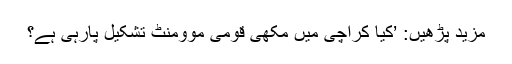
مزید پڑھیں: ’کیا کراچی میں مکھی قومی موومنٹ تشکیل پارہی ہے؟